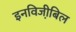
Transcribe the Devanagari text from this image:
इनविजी़बिल